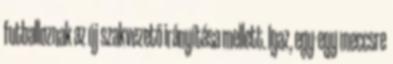
futballoznak az új szakvezető irányítása mellett. Igaz, egy-egy meccsre